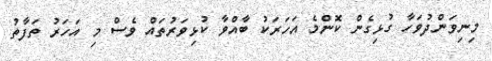
މިނިވަންދުވަހާ ގުޅިގެން ކޮންމެ އަހަރަކު ބާއްވާ ކުޅިވަރުތައް ވެސް މި އަހަރު ތަފާތު